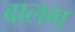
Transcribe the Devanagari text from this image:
बालग